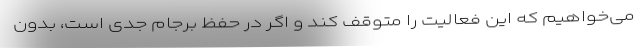
می‌خواهیم که این فعالیت را متوقف کند و اگر در حفظ برجام جدی است، بدون